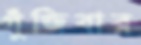
গুঁজিবার